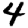
Digit: 4